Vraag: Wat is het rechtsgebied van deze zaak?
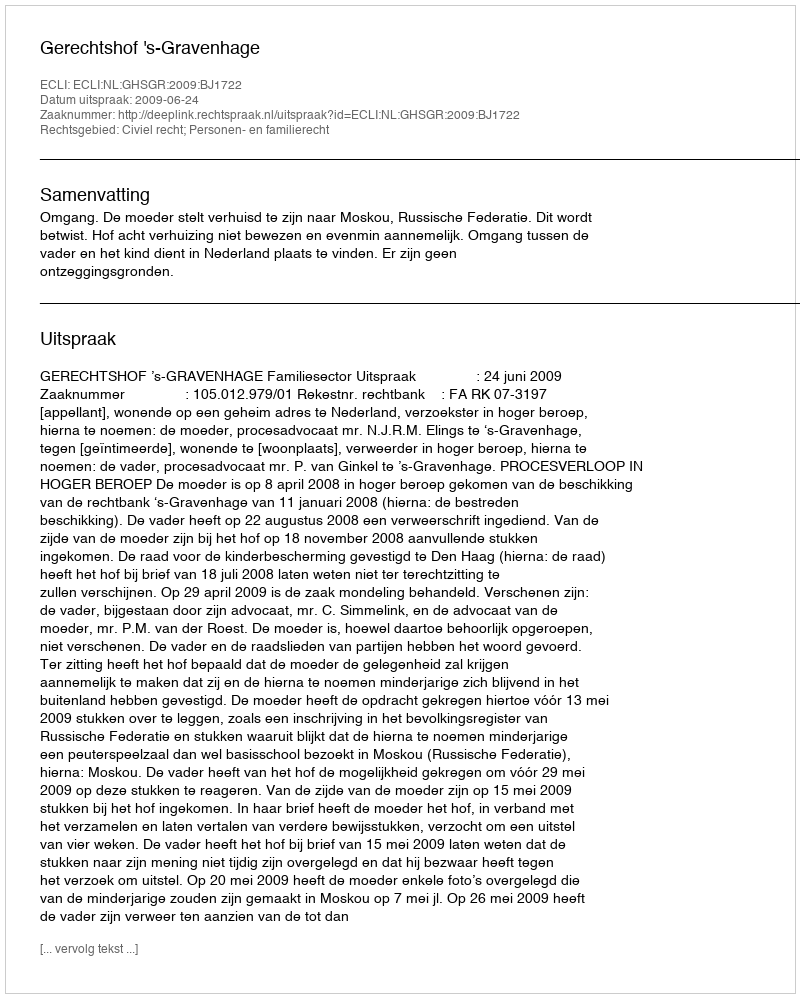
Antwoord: Civiel recht; Personen- en familierecht